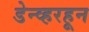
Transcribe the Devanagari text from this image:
डेन्व्हरहून